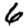
Digit: 6